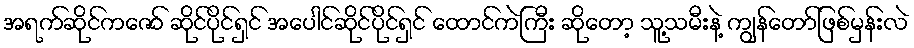
အရက်ဆိုင်ကဇော် ဆိုင်ပိုင်ရှင် အပေါင်ဆိုင်ပိုင်ရှင် ထောင်ကဲကြီး ဆိုတော့ သူ့သမီးနဲ့ ကျွန်တော်ဖြစ်မှန်းလဲ